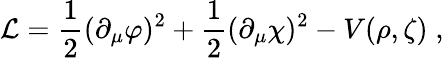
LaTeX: {\cal L}=\frac{1}{2}(\partial_{\mu}\varphi)^{2}+\frac{1}{2}(\partial_{\mu}\chi)^{2}-V(\rho,\zeta)\; ,